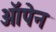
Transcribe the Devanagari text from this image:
ऑपेन